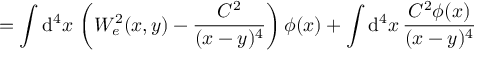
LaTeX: = \int \mathrm { d } ^ { 4 } x \, \left( W _ { e } ^ { 2 } ( x , y ) - \frac { C ^ { 2 } } { ( x - y ) ^ { 4 } } \right) \phi ( x ) + \int \mathrm { d } ^ { 4 } x \, \frac { C ^ { 2 } \phi ( x ) } { ( x - y ) ^ { 4 } }